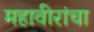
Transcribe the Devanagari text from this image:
महावीरांचा